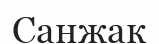
Санжак